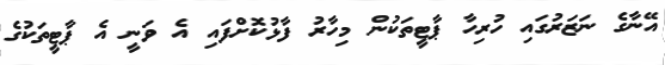
އޭނާގެ ނަޒަރުގައި ހުރިހާ ޕާޓީތަކުން މިހާރު ފާޅުކޮށްފައި އެ ވަނީ އެ ޕާޓީތަކުގެ